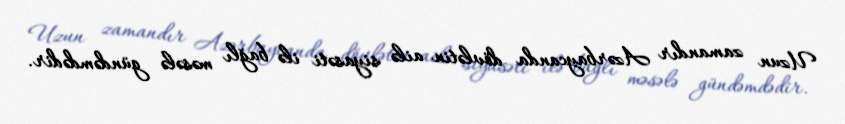
Uzun zamandır Azərbaycanda dövlətin ailə siyasəti ilə bağlı məsələ gündəmdədir.